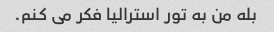
بله من به تور استرالیا فکر می کنم.